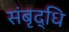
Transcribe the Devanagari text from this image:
संबृद्धि